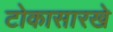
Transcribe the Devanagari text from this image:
टोकासारखे